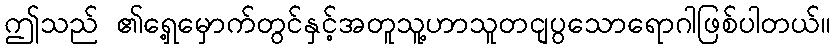
ဤသည် ၏ရှေ့မှောက်တွင်နှင့်အတူသူ့ဟာသူတငျပွသောရောဂါဖြစ်ပါတယ်။